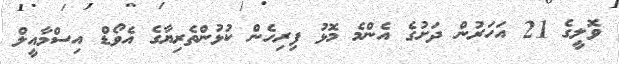
ވޮލީގެ 21 އަހަރުން ދަށުގެ އެންމެ މޮޅު ފިރިހެން ކުޅުންތެރިޔާގެ އެވޯޑް އިސްމާއީލް